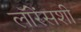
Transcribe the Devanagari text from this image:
लॉरेंसशी